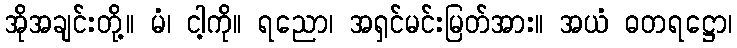
အိုအချင်းတို့။ မံ၊ ငါ့ကို။ ရညော၊ အရှင်မင်းမြတ်အား။ အယံ ဓတရဋ္ဌော၊